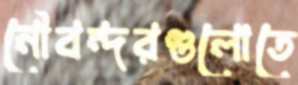
নৌবন্দরগুলোতে